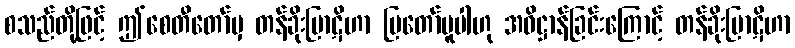
စသည်တို့ဖြင့် ဤစေတီတော်မှ တန်ခိုးပြာဋိဟာ ပြတော်မူပါဟု အဓိဋ္ဌာန်ခြင်းကြောင့် တန်ခိုးပြာဋိဟာ